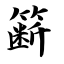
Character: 簖